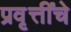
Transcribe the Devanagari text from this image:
प्रवृत्तींचे